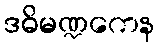
ဒဓိမဏ္ဍကေန